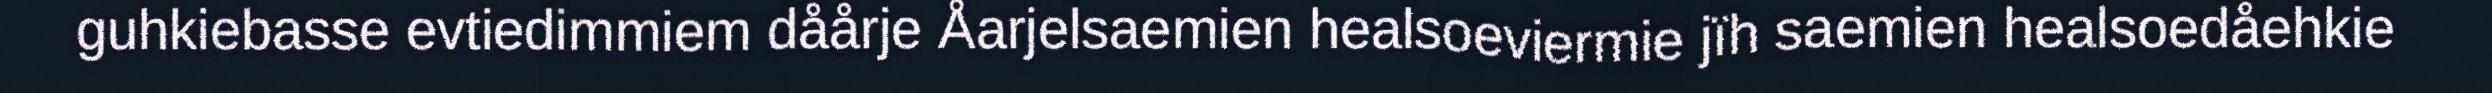
guhkiebasse evtiedimmiem dåårje Åarjelsaemien healsoeviermie jïh saemien healsoedåehkie